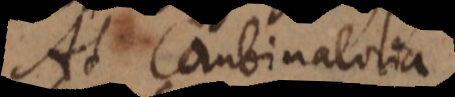
At Combinatoria